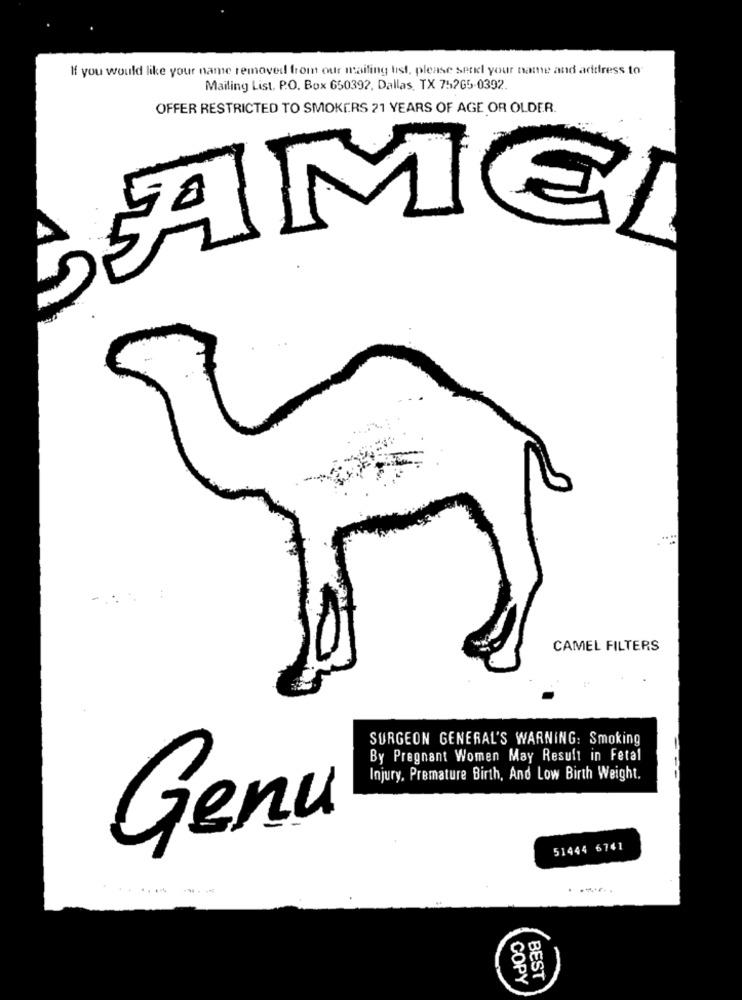
If you would like your name removed from our mailing list, please setil your name and address to
Mailing List, P.O. Box 650392, Dallas, TX 75265-0392.
OFFER RESTRICTED TO SMOKERS 21 YEARS OF AGE OR OLDER
AN
CAMEL FILTERS
SURGEON GENERAL'S WARNING: Smoking
By Pregnant Women May Result in Fetal
Injury, Premature Birth, And Low Birth Weight.
Genu
51444 6741
COPY
BEST